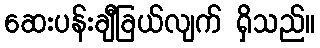
ဆေးပန်းချီခြယ်လျက် ရှိသည်။